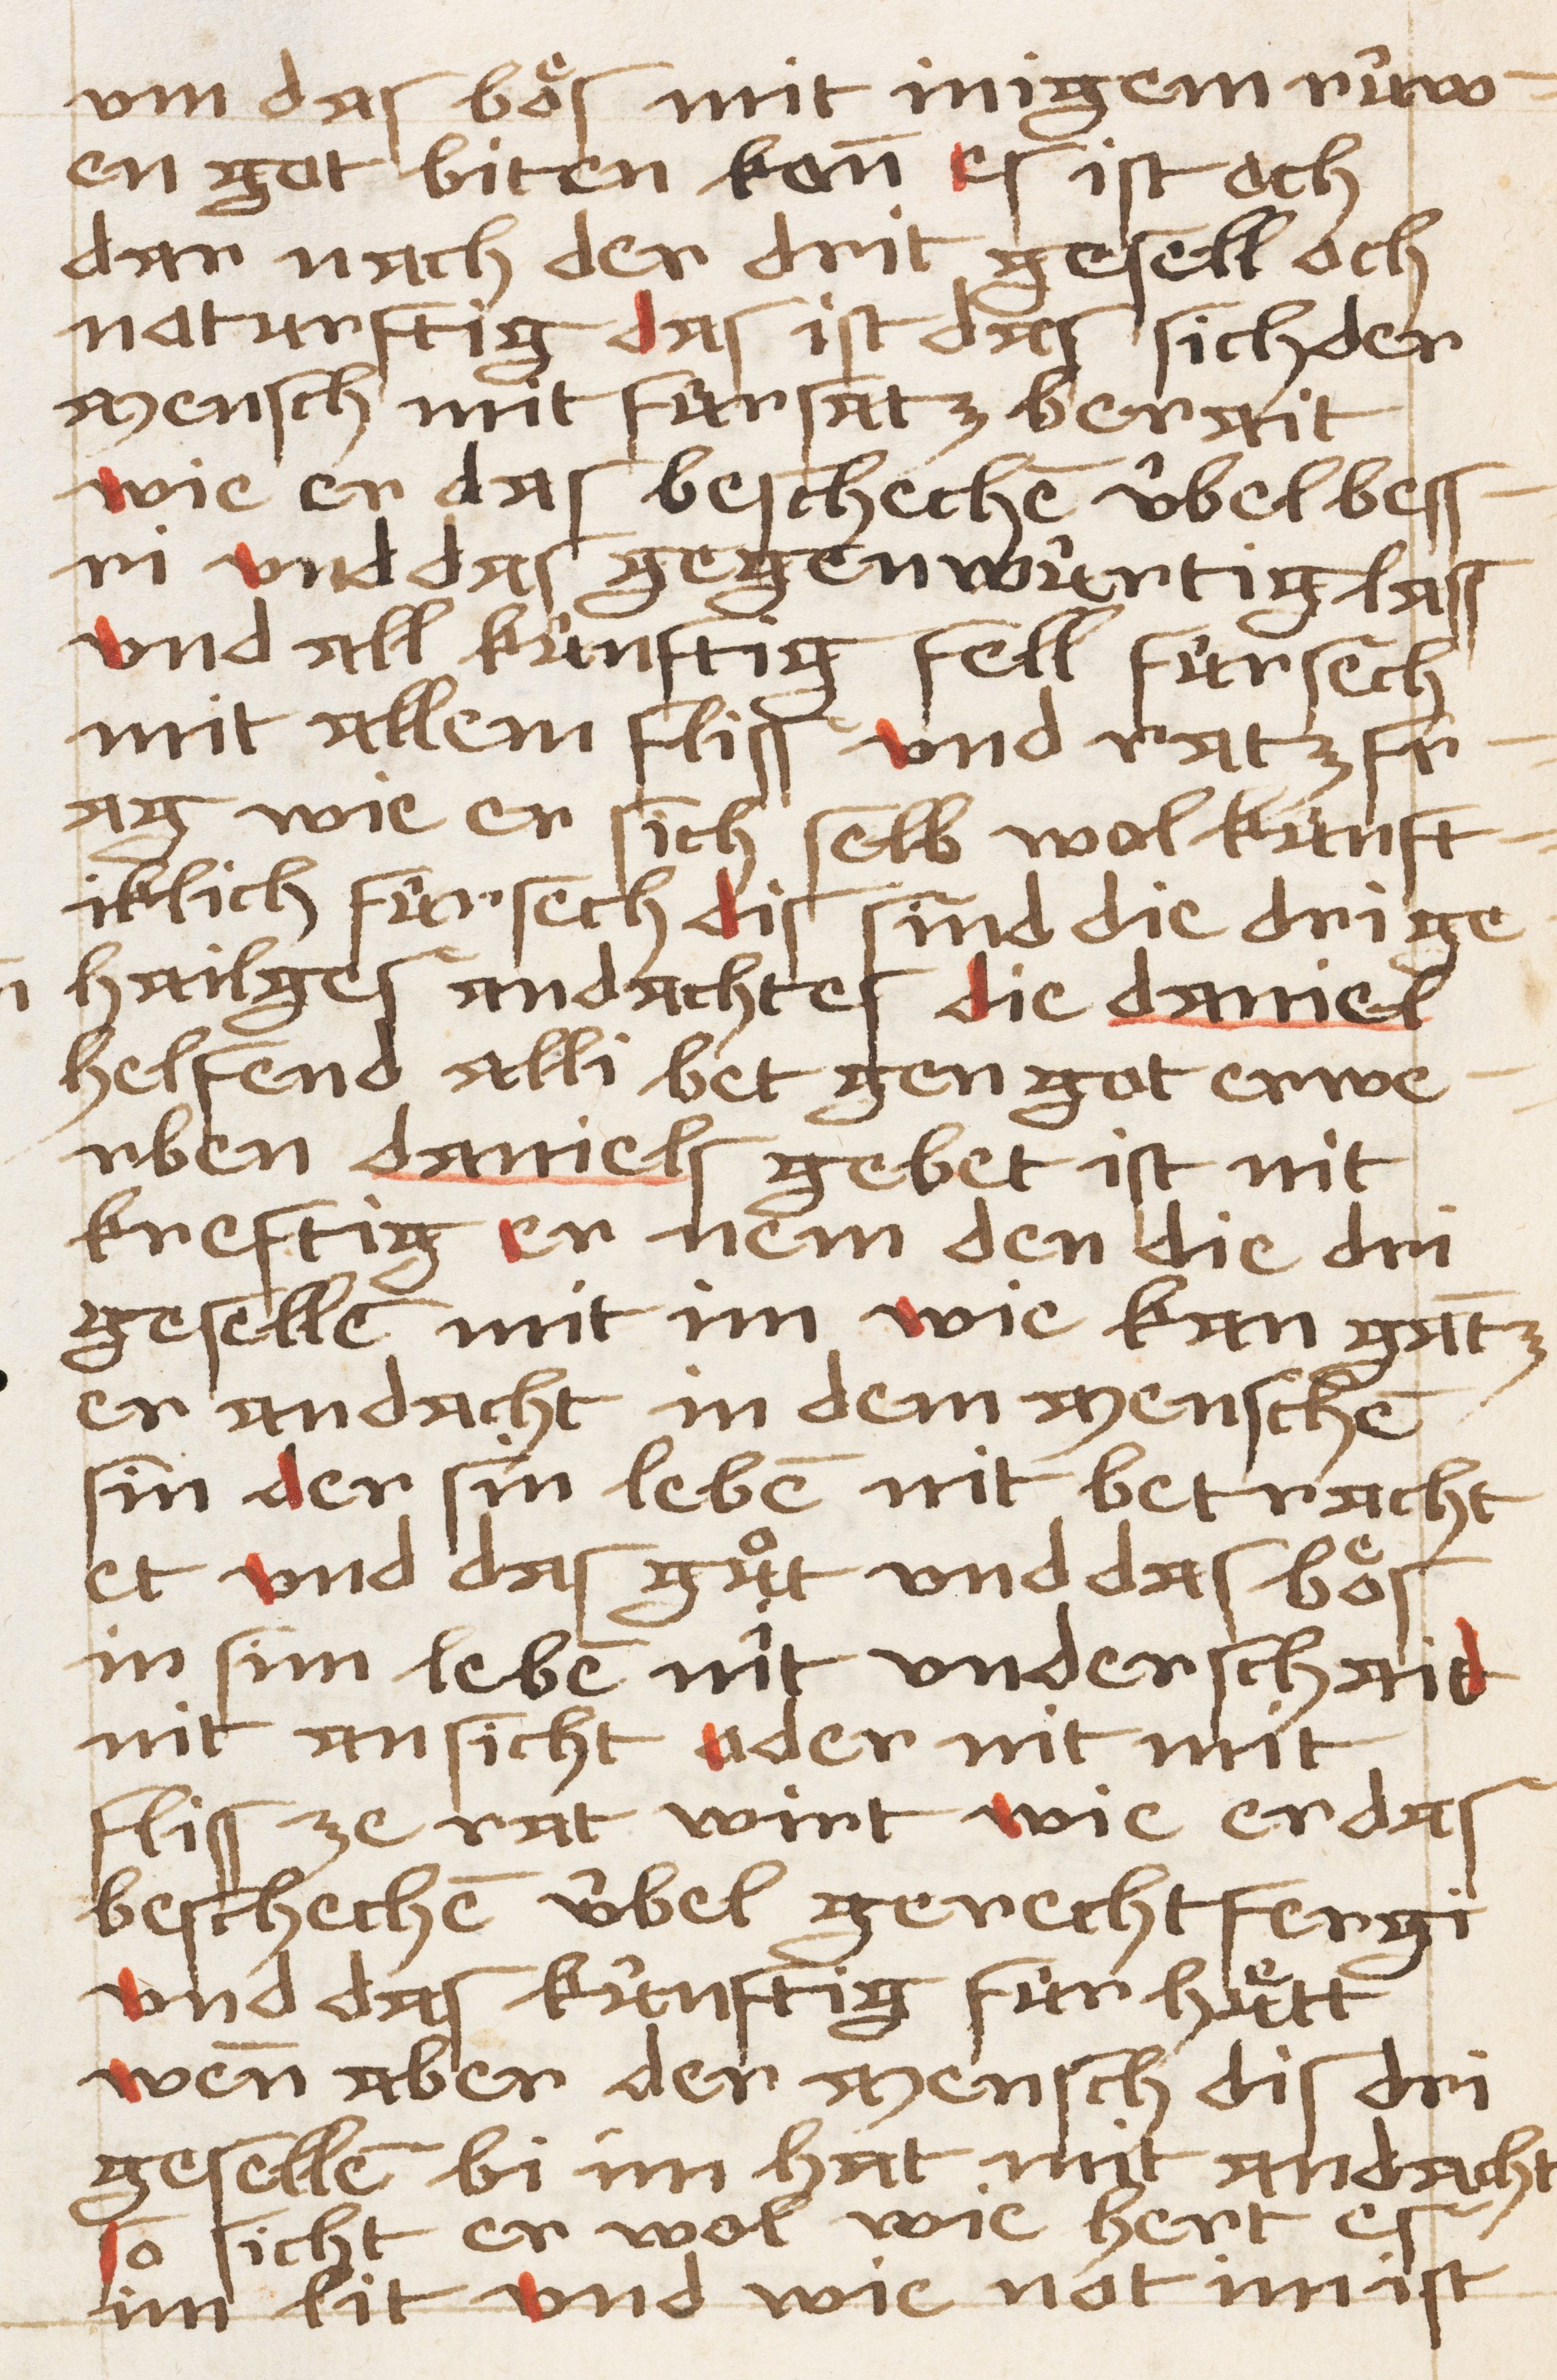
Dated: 1450–1499